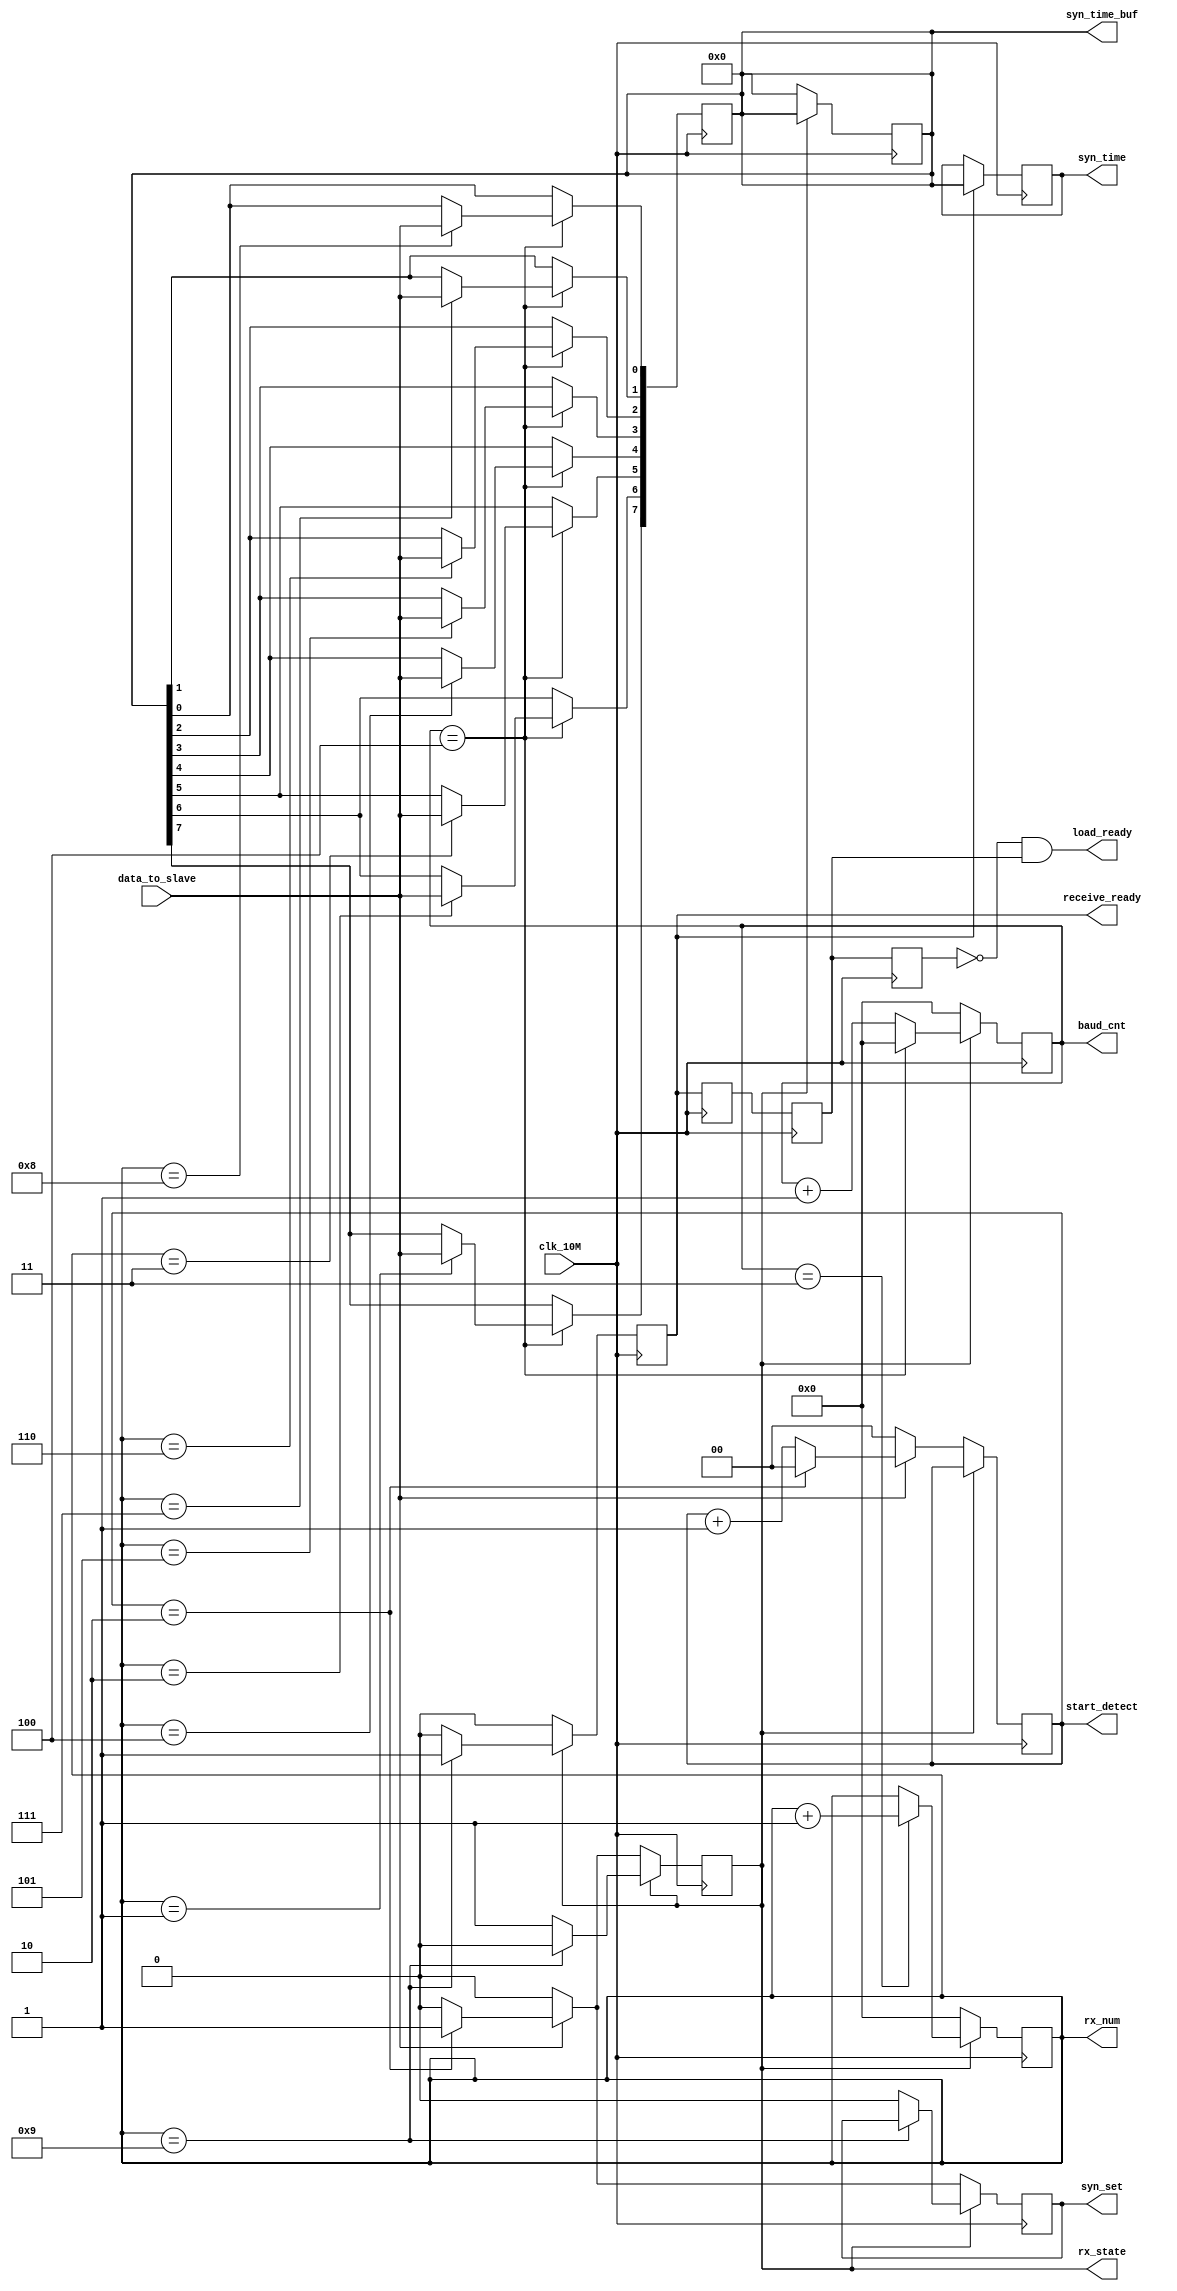
module syn_rx(data_to_slave,clk_10M,syn_set,syn_time,load_ready,rx_state,baud_cnt,rx_num,start_detect,syn_time_buf,receive_ready);
/*#(
parameter          RXBIT                  ,   //
parameter          START                  ,   //
parameter          BAUD_DIV               ,   //
)   */
parameter RXBIT=10;
parameter START=2;
parameter BAUD_DIV=4;

input data_to_slave;     //FPGA
input clk_10M ;          //
output reg syn_set   ;       // 1hz_cnt
output reg [7:0]  syn_time;  //8
output  load_ready;     //

output reg rx_state;   //  0 1
output reg [3:0] baud_cnt ; //
output reg [3:0] rx_num;   //
output reg [1:0] start_detect;
output reg [7:0] syn_time_buf;
output reg receive_ready ; //
reg receive_ready_temp0;
reg receive_ready_temp1;
reg receive_ready_temp2;
initial
begin
rx_state=0;
baud_cnt=0;
rx_num=0;
start_detect=0;
syn_time_buf=0;
receive_ready=0;
receive_ready_temp0=0;
receive_ready_temp1=0;
receive_ready_temp2=0;

syn_set=0;
syn_time=0;
end

always@(posedge clk_10M)
 begin
  if(rx_state==1'b0)
    begin
     receive_ready<=1'b0;
     syn_set<=0;
     if(data_to_slave==1'b0)
      begin
       rx_state<=1'b0;
       start_detect<=2'd0;
      end
     else
       begin
        start_detect<=start_detect+1;
         if(start_detect==START)
           begin
            rx_state<=1'b1;
            start_detect<=0;
            syn_set<=1'b1;
           end
         else
           begin
            syn_set<=0;
            rx_state<=1'b0;
           end
        end
     end
  else
    begin
      if((rx_num)==RXBIT-1)
        begin
         receive_ready<=1'b1;
         rx_state<=1'b0;
        end
      else
         begin
          receive_ready<=1'b0;
          rx_state<=1'b1;
          syn_set<=0;
         end
     end
end


always@(posedge clk_10M)
 begin
   if(rx_state==1'b0)
    begin
      baud_cnt<=0;
    end
   else
    begin
      if(baud_cnt==BAUD_DIV)
        begin
         baud_cnt<=0;
        end
      else
       begin
         baud_cnt<=baud_cnt+1;
       end
    end
 end


always @(posedge clk_10M)
 begin
   if(rx_state==1'b0)
    begin
      rx_num<=0;
      syn_time_buf<=0;
    end
   else
     begin
       if(baud_cnt==BAUD_DIV-1)
         begin
          rx_num<=rx_num+1;
         end
     end
 end

always@(negedge clk_10M)
 begin
   if(baud_cnt==BAUD_DIV)
  case(rx_num)
   4'd1: syn_time_buf[7]<=data_to_slave;
   4'd2: syn_time_buf[6]<=data_to_slave;
   4'd3: syn_time_buf[5]<=data_to_slave;
   4'd4: syn_time_buf[4]<=data_to_slave;
   4'd5: syn_time_buf[3]<=data_to_slave;
   4'd6: syn_time_buf[2]<=data_to_slave;
   4'd7: syn_time_buf[1]<=data_to_slave;
   4'd8: syn_time_buf[0]<=data_to_slave;
  endcase
 end

always@(posedge clk_10M)
 begin
   if(receive_ready)
    syn_time<=syn_time_buf;
 end

always@(posedge clk_10M)
begin
        receive_ready_temp0 <= receive_ready;
        receive_ready_temp1 <= receive_ready_temp0;
        receive_ready_temp2 <= receive_ready_temp1;
end


assign load_ready = ~receive_ready_temp2 & receive_ready_temp1;
endmodule